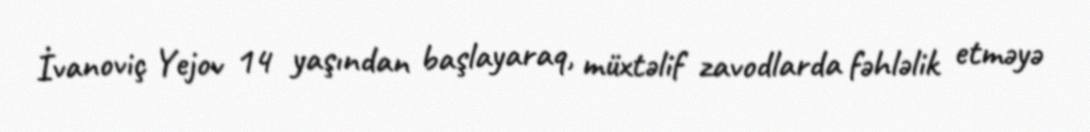
İvanoviç Yejov 14 yaşından başlayaraq, müxtəlif zavodlarda fəhləlik etməyə